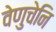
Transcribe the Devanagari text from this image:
वेणुचेनि